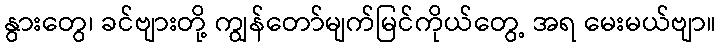
နွားတွေ၊ ခင်ဗျားတို့ ကျွန်တော်မျက်မြင်ကိုယ်တွေ့ အရ မေးမယ်ဗျာ။